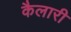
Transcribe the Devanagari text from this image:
कैलारी